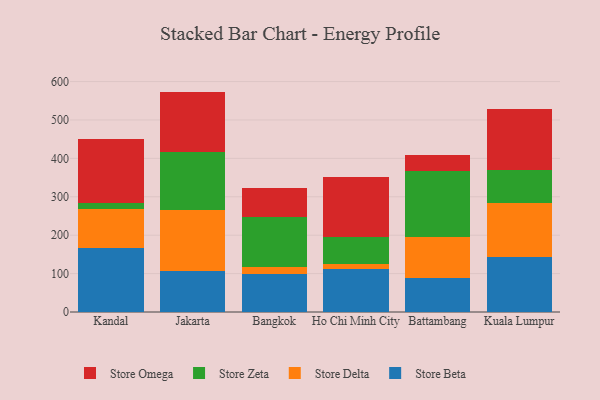
{"axis": {"x": "City", "y": "Temperature (°C)"}, "legend": ["Store Beta", "Store Delta", "Store Omega", "Store Zeta"], "data": [{"x": "Kandal", "y": 165.8, "type": "Store Beta"}, {"x": "Kandal", "y": 102.6, "type": "Store Delta"}, {"x": "Kandal", "y": 16.7, "type": "Store Zeta"}, {"x": "Kandal", "y": 166.5, "type": "Store Omega"}, {"x": "Jakarta", "y": 106.9, "type": "Store Beta"}, {"x": "Jakarta", "y": 159.4, "type": "Store Delta"}, {"x": "Jakarta", "y": 149.6, "type": "Store Zeta"}, {"x": "Jakarta", "y": 158.0, "type": "Store Omega"}, {"x": "Bangkok", "y": 98.3, "type": "Store Beta"}, {"x": "Bangkok", "y": 18.7, "type": "Store Delta"}, {"x": "Bangkok", "y": 129.5, "type": "Store Zeta"}, {"x": "Bangkok", "y": 77.6, "type": "Store Omega"}, {"x": "Ho Chi Minh City", "y": 111.9, "type": "Store Beta"}, {"x": "Ho Chi Minh City", "y": 13.3, "type": "Store Delta"}, {"x": "Ho Chi Minh City", "y": 71.1, "type": "Store Zeta"}, {"x": "Ho Chi Minh City", "y": 155.4, "type": "Store Omega"}, {"x": "Battambang", "y": 88.8, "type": "Store Beta"}, {"x": "Battambang", "y": 107.2, "type": "Store Delta"}, {"x": "Battambang", "y": 172.0, "type": "Store Zeta"}, {"x": "Battambang", "y": 39.8, "type": "Store Omega"}, {"x": "Kuala Lumpur", "y": 143.4, "type": "Store Beta"}, {"x": "Kuala Lumpur", "y": 141.0, "type": "Store Delta"}, {"x": "Kuala Lumpur", "y": 84.9, "type": "Store Zeta"}, {"x": "Kuala Lumpur", "y": 159.2, "type": "Store Omega"}]}